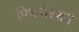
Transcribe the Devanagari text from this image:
फिल्तेरेशन